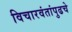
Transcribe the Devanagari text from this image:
विचारवंतांपुढचे